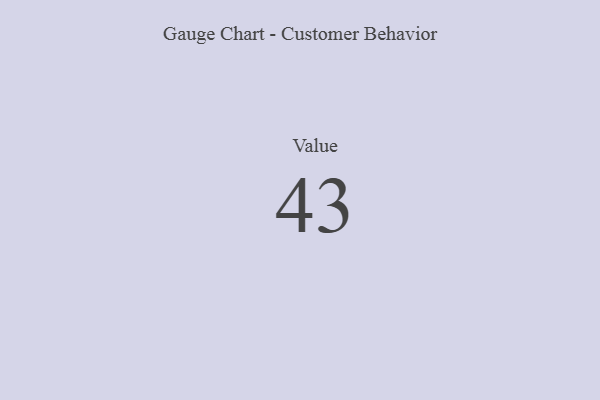
{"axis": {"x": "Metric", "y": "Value"}, "legend": [""], "data": [{"x": "Value", "y": 43, "type": ""}]}